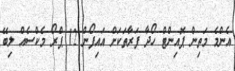
އެންމެ މަތިން ޕޮއިންޓް ހޯދާ ފަރާތަކަށް އައިފޯން 12 ޕްރޯ މެކްސެއް ލިބޭ